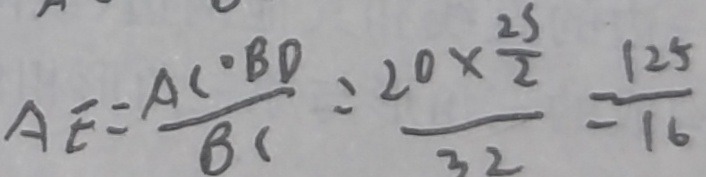
A E = \frac { A C \cdot B D } { B C } = \frac { 2 0 \times \frac { 2 5 } { 2 } } { 3 2 } = \frac { 1 2 5 } { 1 6 }